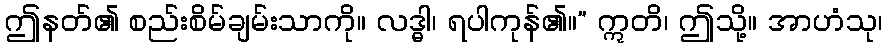
ဤနတ်၏ စည်းစိမ်ချမ်းသာကို။ လဒ္ဓါ၊ ရပါကုန်၏။” ဣတိ၊ ဤသို့။ အာဟံသု၊